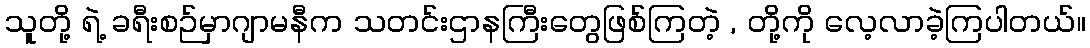
သူတို့ ရဲ့ ခရီးစဉ်မှာဂျာမနီက သတင်းဌာနကြီးတွေဖြစ်ကြတဲ့ , တို့ကို လေ့လာခဲ့ကြပါတယ်။